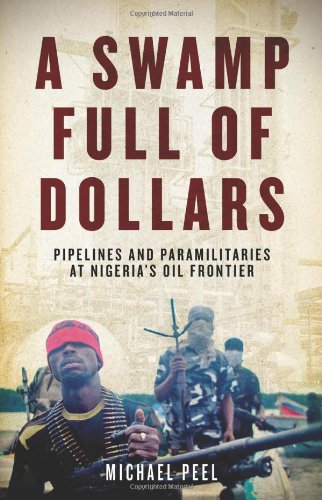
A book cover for A Swamp Full of Dollars: Pipelines and Paramilitaries at Nigeria's Oil Frontier; Michael Peel; History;